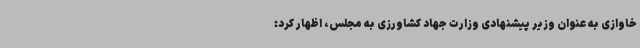
خاوازی به عنوان وزیر پیشنهادی وزارت جهاد کشاورزی به مجلس، اظهار کرد: